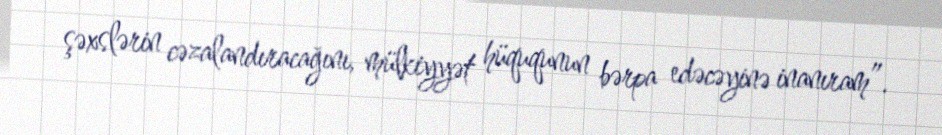
şəxslərin cəzalandıracağını, mülkiyyət hüququnun bərpa edəcəyinə inanıram”.